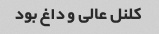
کلنل عالی و داغ بود